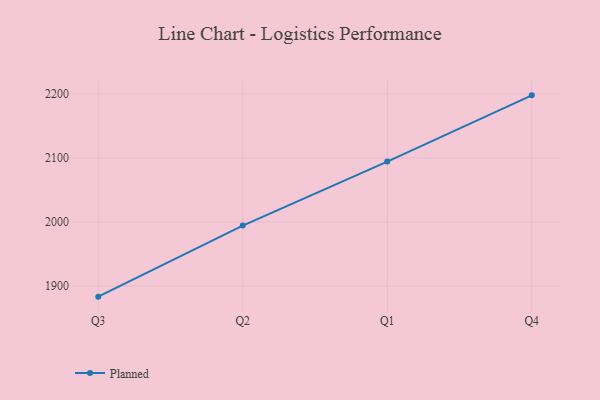
{"axis": {"x": "Quarter", "y": "Gross Profit (USD K)"}, "legend": ["Planned"], "data": [{"x": "Q3", "y": 1883.6, "type": "Planned"}, {"x": "Q2", "y": 1994.5, "type": "Planned"}, {"x": "Q1", "y": 2094.4, "type": "Planned"}, {"x": "Q4", "y": 2197.7, "type": "Planned"}]}